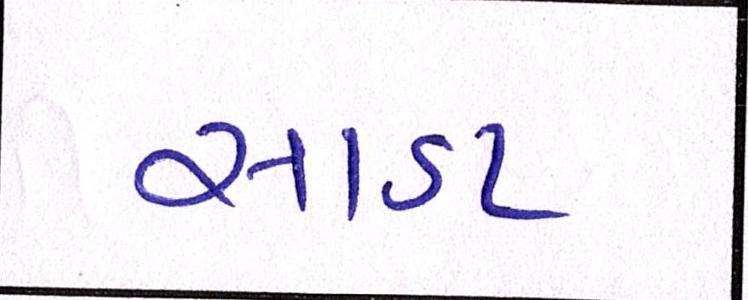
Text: સાડા